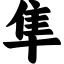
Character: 隼